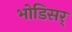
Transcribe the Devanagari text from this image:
भोडिसर्